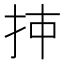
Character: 𰓌